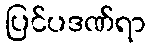
ပြင်ပဒဏ်ရာ